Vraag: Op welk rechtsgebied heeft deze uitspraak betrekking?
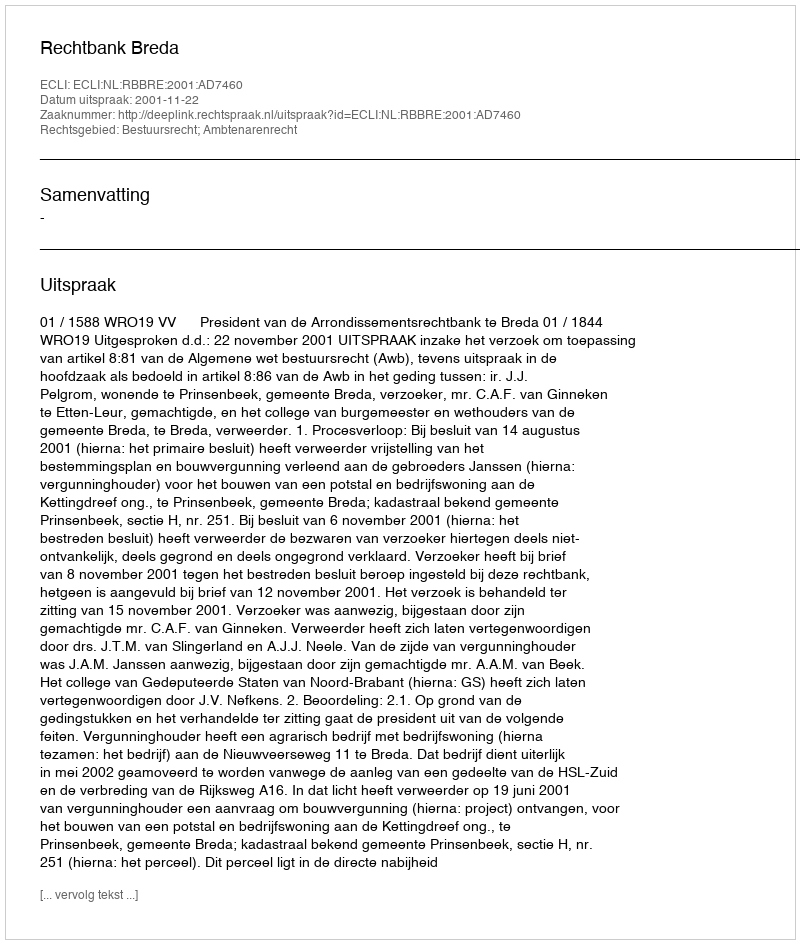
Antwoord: Bestuursrecht; Ambtenarenrecht